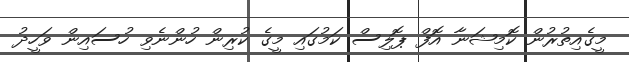
މީގެއިތުރުން ކޮމިޝަނާ އޮފް ޕޮލިސް ކަމުގައި މީގެ ކުރިން ހުންނެވި ހުސައިން ވަހީދު